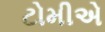
ટોમીએ